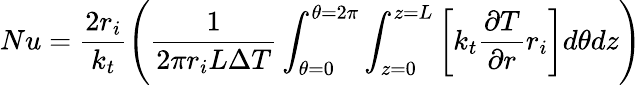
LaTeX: Nu=\frac{2r_{i}}{k_{t}}\left(\frac{1}{2\pi r_{i}L\Delta T}\int_{\theta=0}^{\theta=2\pi}\int_{z=0}^{z=L}\left[k_{t}\frac{\partial T}{\partial r}r_{i}\right]d\theta dz\right)